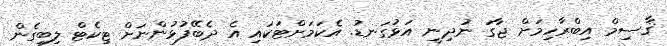
ޤާސިމް އިބްރާހިމަށް ޖާގަ ނުދިނީ އަޅުގަނޑު. އެކަމަށްޓަކައި އެ ދެބޭފުޅުންނަށް ޓިކެޓް ލިބިގެން